Report of the Indian Hemp Drugs Commission, 1894-1895 - Volume I
Year: 1894
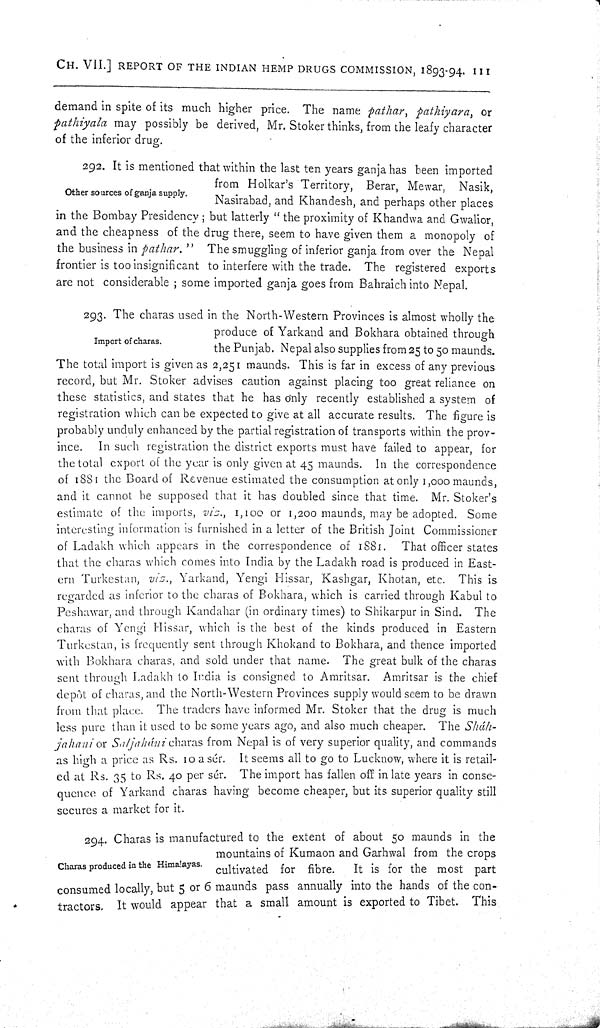
CH.
VII.]
REPORT OF THE INDIAN HEMP DRUGS COMMISSION, 1893-94.
III
demand in spite of its much higher price. The name pathar, pathiyara,
or
pathiyala may possibly be derived, Mr. Stoker thinks, from the leafy character
of the inferior drug.
Other sources of ganja supply.
292. It is mentioned that within the last ten years ganja has been imported
from Holkar's Territory, Berar, Mewar, Nasik,
Nasirabad, and Khandesh, and perhaps other places
in the Bombay Presidency; but latterly "the proximity of Khandwa and Gwalior,
and the cheapness of the drug there, seem to have given them a monopoly of
the business in pathar." The smuggling of inferior ganja from over the Nepal
frontier is too insignificant to interfere with the trade. The registered exports
are not considerable; some imported ganja goes from Bahraich into Nepal.
Import of charas.
293. The charas used in the North-Western Provinces is almost wholly the
produce of Yarkand and Bokhara obtained through
the Punjab. Nepal also supplies from 25 to 50 maunds.
The total import is given as 2,251 maunds. This is far in excess of any previous
record, but Mr. Stoker advises caution against placing too great reliance on
these statistics, and states that he has only recently established a system of
registration which can be expected to give at all accurate results. The figure is
probably unduly enhanced by the partial registration of transports within the prov-
ince. In such registration the district exports must have failed to appear, for
the total export of the year is only given at 45 maunds. In the correspondence
of 1881 the Board of Revenue estimated the consumption at only 1,000 maunds,
and it cannot be supposed that it has doubled since that time. Mr. Stoker's
estimate of the imports, viz., 1,100 or 1,200 maunds, may be adopted. Some
interesting information is furnished in a letter of the British Joint Commissioner
of Ladakh which appears in the correspondence of 1881. That officer states
that the charas which comes into India by the Ladakh road is produced in East-
ern Turkestan, viz., Yarkand, Yengi Hissar, Kashgar, Khotan, etc. This is
regarded as inferior to the charas of Bokhara, which is carried through Kabul to
Peshawar, and through Kandahar (in ordinary times) to Shikarpur in Sind. The
charas of Yengi Hissar, which is the best of the kinds produced in Eastern
Turkestan, is frequently sent through Khokand to Bokhara, and thence imported
with Bokhara charas, and sold under that name. The great bulk of the charas
sent through Ladakh to India is consigned to Amritsar. Amritsar is the chief
depôt of charas, and the North-Western Provinces supply would seem to be drawn
from that place. The traders have informed Mr. Stoker that the drug is much
less pure than it used to be some years ago, and also much cheaper. The Sháh-
jahani or Saljaháni charas from Nepal is of very superior quality, and commands
as high a price as Rs. 10 a sér. It seems all to go to Lucknow, where it is retail-
ed at Rs. 35 to Rs. 40 per sér. The import has fallen off in late years in conse-
quence of Yarkand charas having become cheaper, but its superior quality still
secures a market for it.
Charas produced in the Himalayas.
294. Charas is manufactured to the extent of about 50 maunds in the
mountains of Kumaon and Garhwal from the crops
cultivated for fibre.
It is for the most part
consumed locally, but 5 or 6 maunds pass annually into the hands of the con-
tractors. It would appear that a small amount is exported to Tibet. This